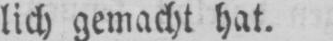
lich gemacht hat.